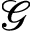
\mathcal { G }